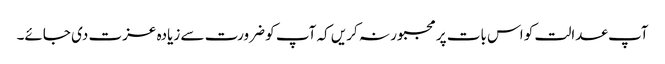
آپ عدالت کو اس بات پر مجبور نہ کریں کہ آپ کو ضرورت سے زیادہ عزت دی جائے۔